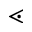
\lessdot